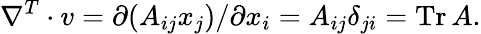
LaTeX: \nabla^{T}\cdot v=\partial(A_{ij}x_{j})/\partial x_{i}=A_{ij}\delta_{ji}=\operatorname{Tr}A.